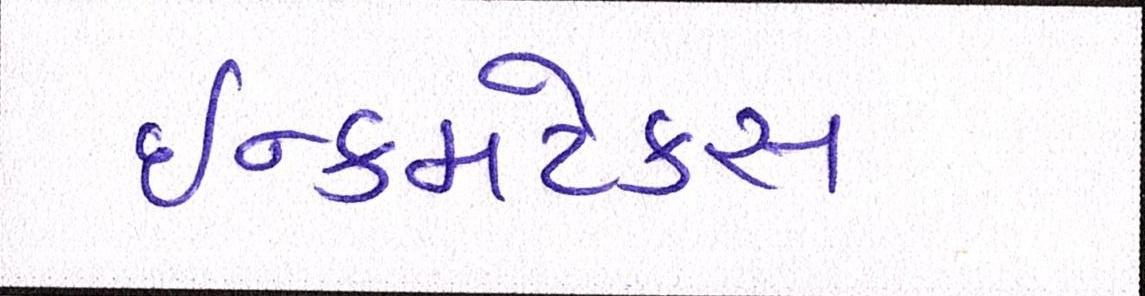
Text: ઈન્કમટેક્સ